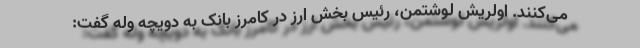
می‌کنند. اولریش لوشتمن، رئیس بخش ارز در کامرز بانک به دویچه وله گفت: